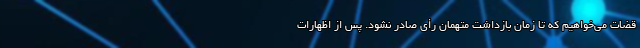
قضات می‌خواهیم که تا زمان بازداشت متهمان رأی صادر نشود. پس از اظهارات